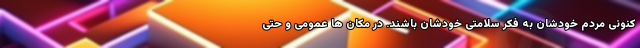
کنونی مردم خودشان به فکر سلامتی خودشان باشند. در مکان ها عمومی و حتی